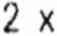
2 X